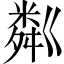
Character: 粼